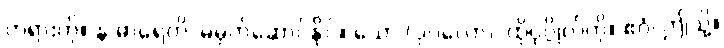
တရားကို။ န ဓာရေတိ၊ မမှတ်ဆောင်နိုင်။ သော (ပုဂ္ဂလော)၊ ထိုပုဂ္ဂိုလ်ကို။ ဧဝံ၊ ဤသို့။